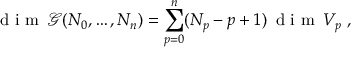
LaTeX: \textrm { d i m } \, \mathcal { G } ( N _ { 0 } , \ldots , N _ { n } ) = \sum _ { p = 0 } ^ { n } ( N _ { p } - p + 1 ) \, \textrm { d i m } \, V _ { p } \; ,